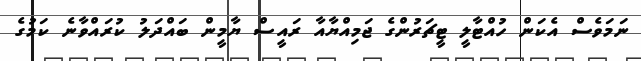
ނަމަވެސް އެކަން ހުއްޓާލީ ޓީޗަރުންގެ ޖަމިއްޔާއާ ރައީސް ޔާމީން ބައްދަލު ކުރައްވާނެ ކަމުގެ